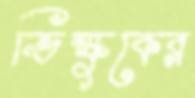
ভিক্ষুকের